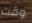
وقت